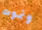
ونموت